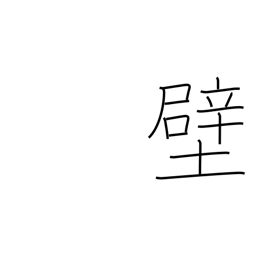
Meaning: lining (stomach)